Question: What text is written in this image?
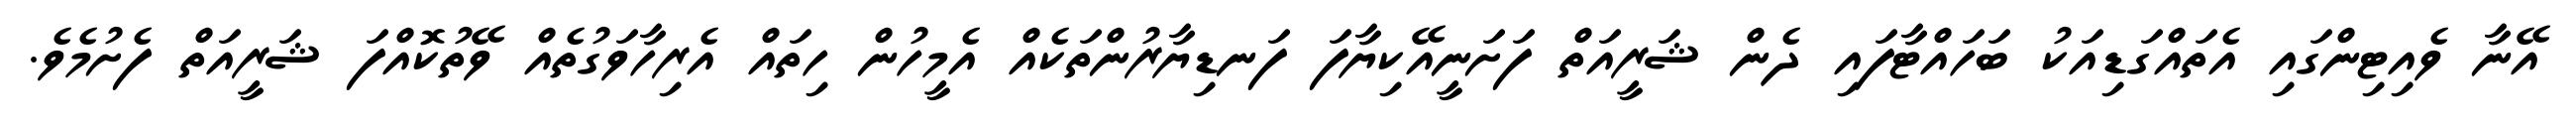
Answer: އޭނާ ވެއިޓިންގައި އެތައްގަޑިއަކު ބަހައްޓާފައި ދެން ޝަރީއަތް ފަށަނީއޭކިޔާފަ ފަނޑިޔާރުންތަކެއް އެމީހުން ހިތައް އެރިހާވަގުތެއް ވޭތުކޮއްފަ ޝަރީއަތް ފެށުމެވެ.